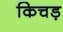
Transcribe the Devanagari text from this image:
किचड़